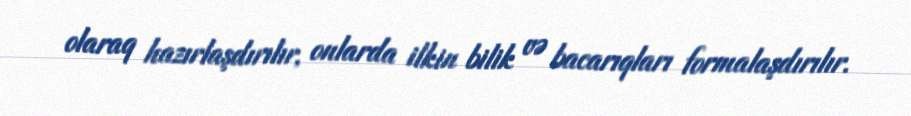
olaraq hazırlaşdırılır, onlarda ilkin bilik və bacarıqları formalaşdırılır.